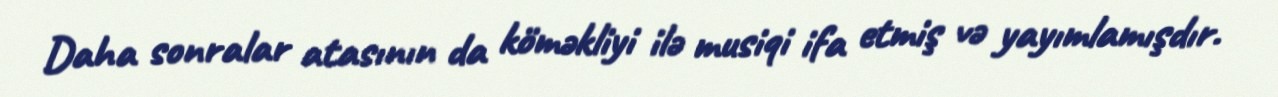
Daha sonralar atasının da köməkliyi ilə musiqi ifa etmiş və yayımlamışdır.